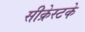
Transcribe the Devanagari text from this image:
सीक्रेस्टके